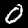
Label: 0